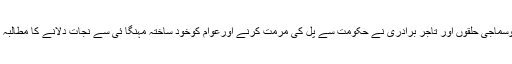
عوامی وسماجی حلقوں اور تاجر برادری نے حکومت سے پل کی مرمت کرنے اورعوام کوخود ساختہ مہنگا ئی سے نجات دلانے کا مطالبہ کیا ہے۔